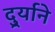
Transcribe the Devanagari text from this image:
दुर्र्याने